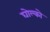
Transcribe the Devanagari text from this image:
घोल्को